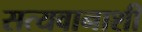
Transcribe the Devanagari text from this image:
सत्यवानाशी